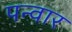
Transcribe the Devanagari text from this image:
पन्वार